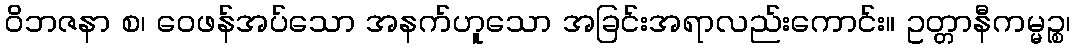
ဝိဘဇနာ စ၊ ဝေဖန်အပ်သော အနက်ဟူသော အခြင်းအရာလည်းကောင်း။ ဥတ္တာနီကမ္မဉ္စ၊